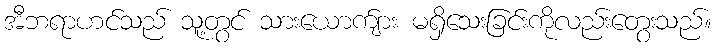
အီဘရာဟင်သည် သူ့တွင် သားယောက်ျား မရှိသေးခြင်းကိုလည်းတွေးသည်။